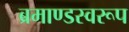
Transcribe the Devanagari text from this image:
ब्रमाण्डस्वरूप